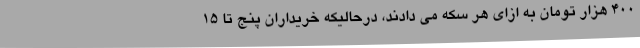
۴۰۰ هزار تومان به ازای هر سکه می دادند، درحالیکه خریداران پنج تا ۱۵